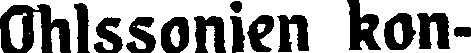
Ohlssonien kon-